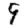
Digit: 9